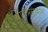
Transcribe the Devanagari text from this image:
वानप्रस्थाम